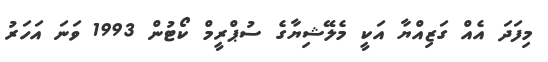
މިފަދަ އެއް ގަޒިއްޔާ އަކީ މެލޭޝިޔާގެ ސުޕްރީމް ކޯޓުން 1993 ވަނަ އަހަރު